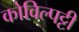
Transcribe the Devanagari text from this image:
कोविल्पट्टी